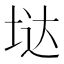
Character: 垯